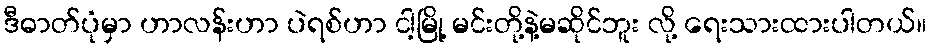
ဒီဓာတ်ပုံမှာ ဟာလန်းဟာ ပဲရစ်ဟာ ငါ့မြို့ မင်းတို့နဲ့မဆိုင်ဘူး လို့ ရေးသားထားပါတယ်။